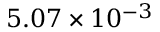
5 . 0 7 \times 1 0 ^ { - 3 }